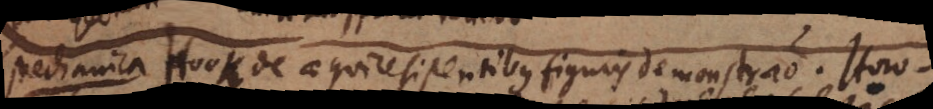
Mechanica Hook de aequiresistentibus figuris demonstratio. Horo-